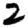
Digit: 2